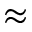
\approx